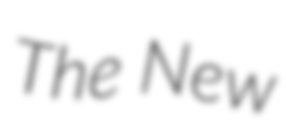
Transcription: The New